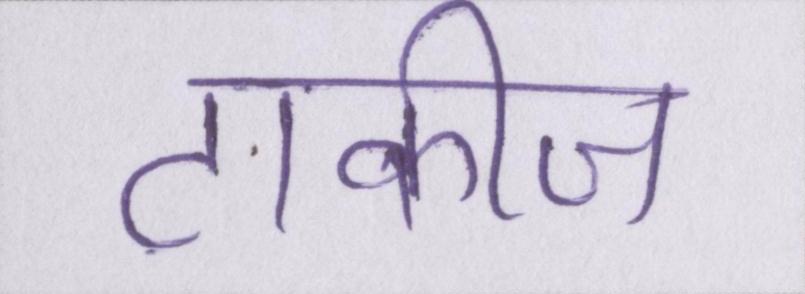
टाकीज